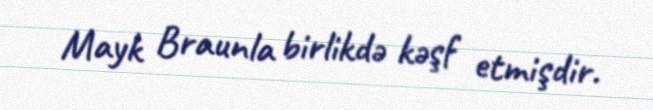
Mayk Braunla birlikdə kəşf etmişdir.